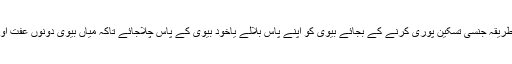
اس لئے سائل جب شادی شدہ ہے توناجائز طریقہ جنسی تسکین پوری کرنے کے بجائے بیوی کو اپنے پاس بلالے یاخود بیوی کے پاس چلاجائے تاکہ میاں بیوی دونوں عفت اور پاک دامنی کے ساتھ زندگی گزارسکے ۔